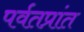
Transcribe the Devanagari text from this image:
पर्वतप्रांत